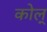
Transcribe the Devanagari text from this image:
कोल्